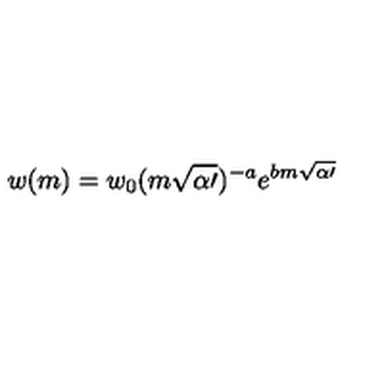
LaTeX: w ( m ) = w _ { 0 } ( m \sqrt { \alpha \prime } ) ^ { - a } e ^ { b m \sqrt { \alpha \prime } }